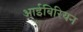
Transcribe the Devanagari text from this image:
आईबिरियन